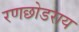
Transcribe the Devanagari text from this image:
रणछोडराय